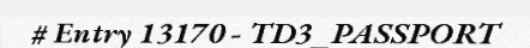
# Entry 13170 - TD3_PASSPORT